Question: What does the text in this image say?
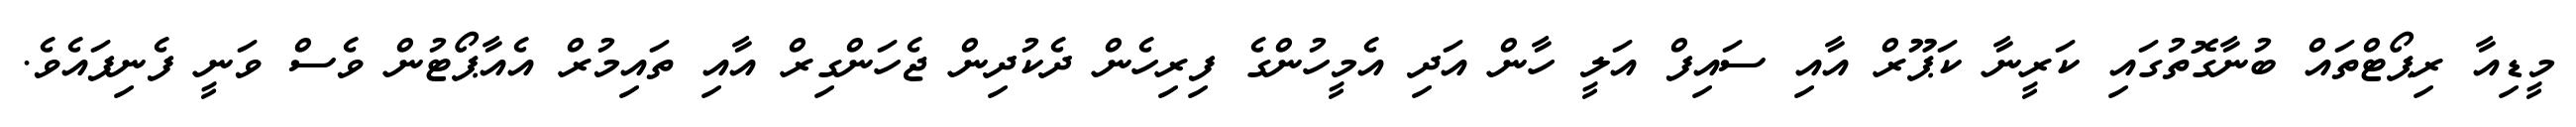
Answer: މީޑިއާ ރިޕޯޓްތައް ބުނާގޮތުގައި ކަރީނާ ކަޕޫރް އާއި ސައިފް އަލީ ހާން އަދި އެމީހުންގެ ފިރިހެން ދެކުދިން ޖެހަންގިރް އާއި ތައިމުރް އެއާޕޯޓުން ވެސް ވަނީ ފެނިފައެވެ.